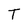
Character: T